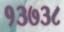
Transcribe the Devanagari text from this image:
१३७३८